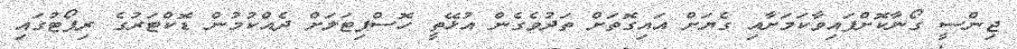
ޖިންސީ ގޯނާކޮށްފައިވާކަމަށާއި ގެޔަށް އައިގޮތަށް ތަދުވެގެން އުޅޭތީ ހޮސްޕިޓަލަށް ދެއްކުމުން ޑޮކްޓަރުގެ ރިޕޯޓުގައި